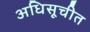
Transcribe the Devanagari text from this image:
अधिसूचीत